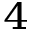
^ 4